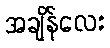
အချိန်လေး